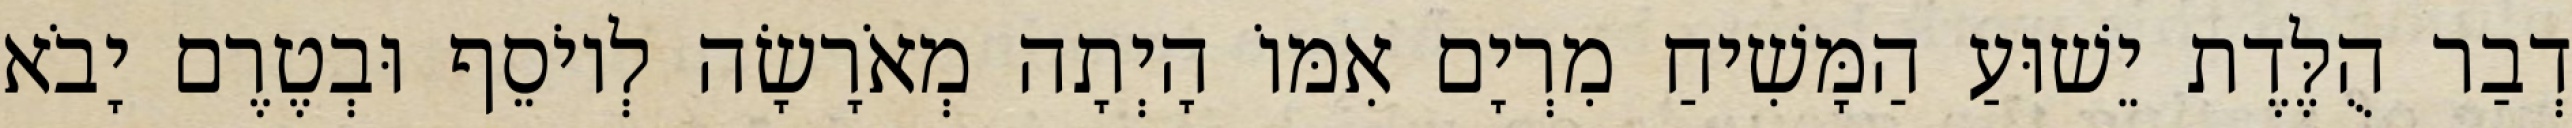
דְבַר הֻלֶּדֶת יֵשׁוּעַ הַמָּשִׁיחַ מִרְיָם אִמּוֹ הָיְתָה מְאֹרָשָׂה לְיוֹסֵף וּבְטֶרֶם יָבֹא